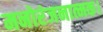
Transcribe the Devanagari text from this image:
मनोरंजनात्मक।